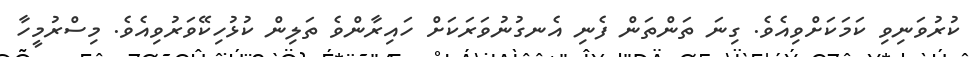
ކުރުވަނިވި ކަމަކަށްވިއެވެ. ގިނަ ތަންތަން ފެނި އެނގުނުވަރަކަށް ހައިރާންވެ ތަލިން ކުޅުހިކޭވަރުވިއެވެ. މިސްރުމީހާ